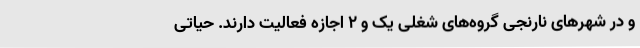
و در شهرهای نارنجی گروه‌های شغلی یک و ۲ اجازه فعالیت دارند. حیاتی